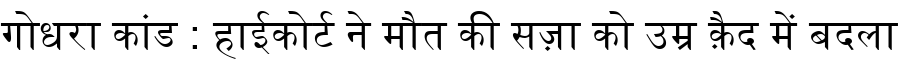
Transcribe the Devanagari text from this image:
गोधरा कांड : हाईकोर्ट ने मौत की सज़ा को उम्र क़ैद में बदला